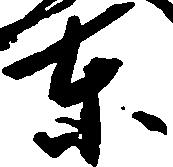
東